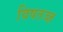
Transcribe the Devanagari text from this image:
विषतज्ज्ञ